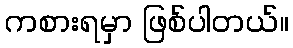
ကစားရမှာ ဖြစ်ပါတယ်။